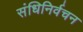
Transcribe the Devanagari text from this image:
संधिनिर्वचन